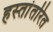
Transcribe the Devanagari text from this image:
हस्‍तांतरित